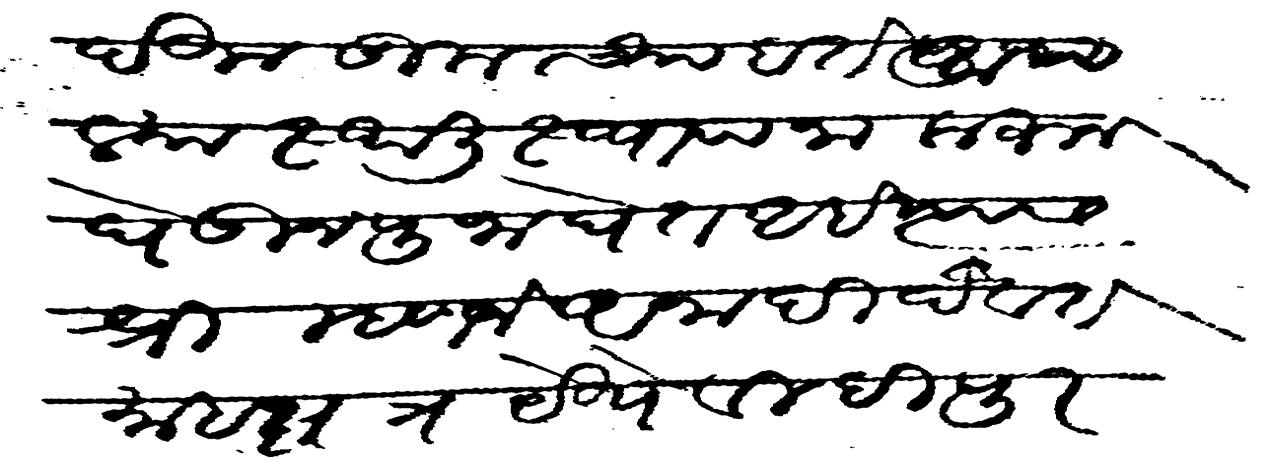
Transliteration (Devanagari): देऊन तुमच्या हात आपल्या स्थली स्थापना करुन घेऊन पुजा घेत आहे त्यास श्री म्हणजे अनादी दैवत माहाक्षेत्र येथे वीदीपुरसर